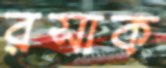
রসাক